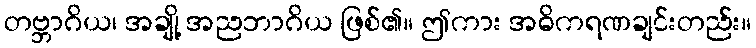
တဗ္ဘာဂိယ၊ အချို့ အညဘာဂိယ ဖြစ်၏။ ဤကား အဓိကရဏချင်းတည်း။